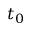
t _ { 0 }